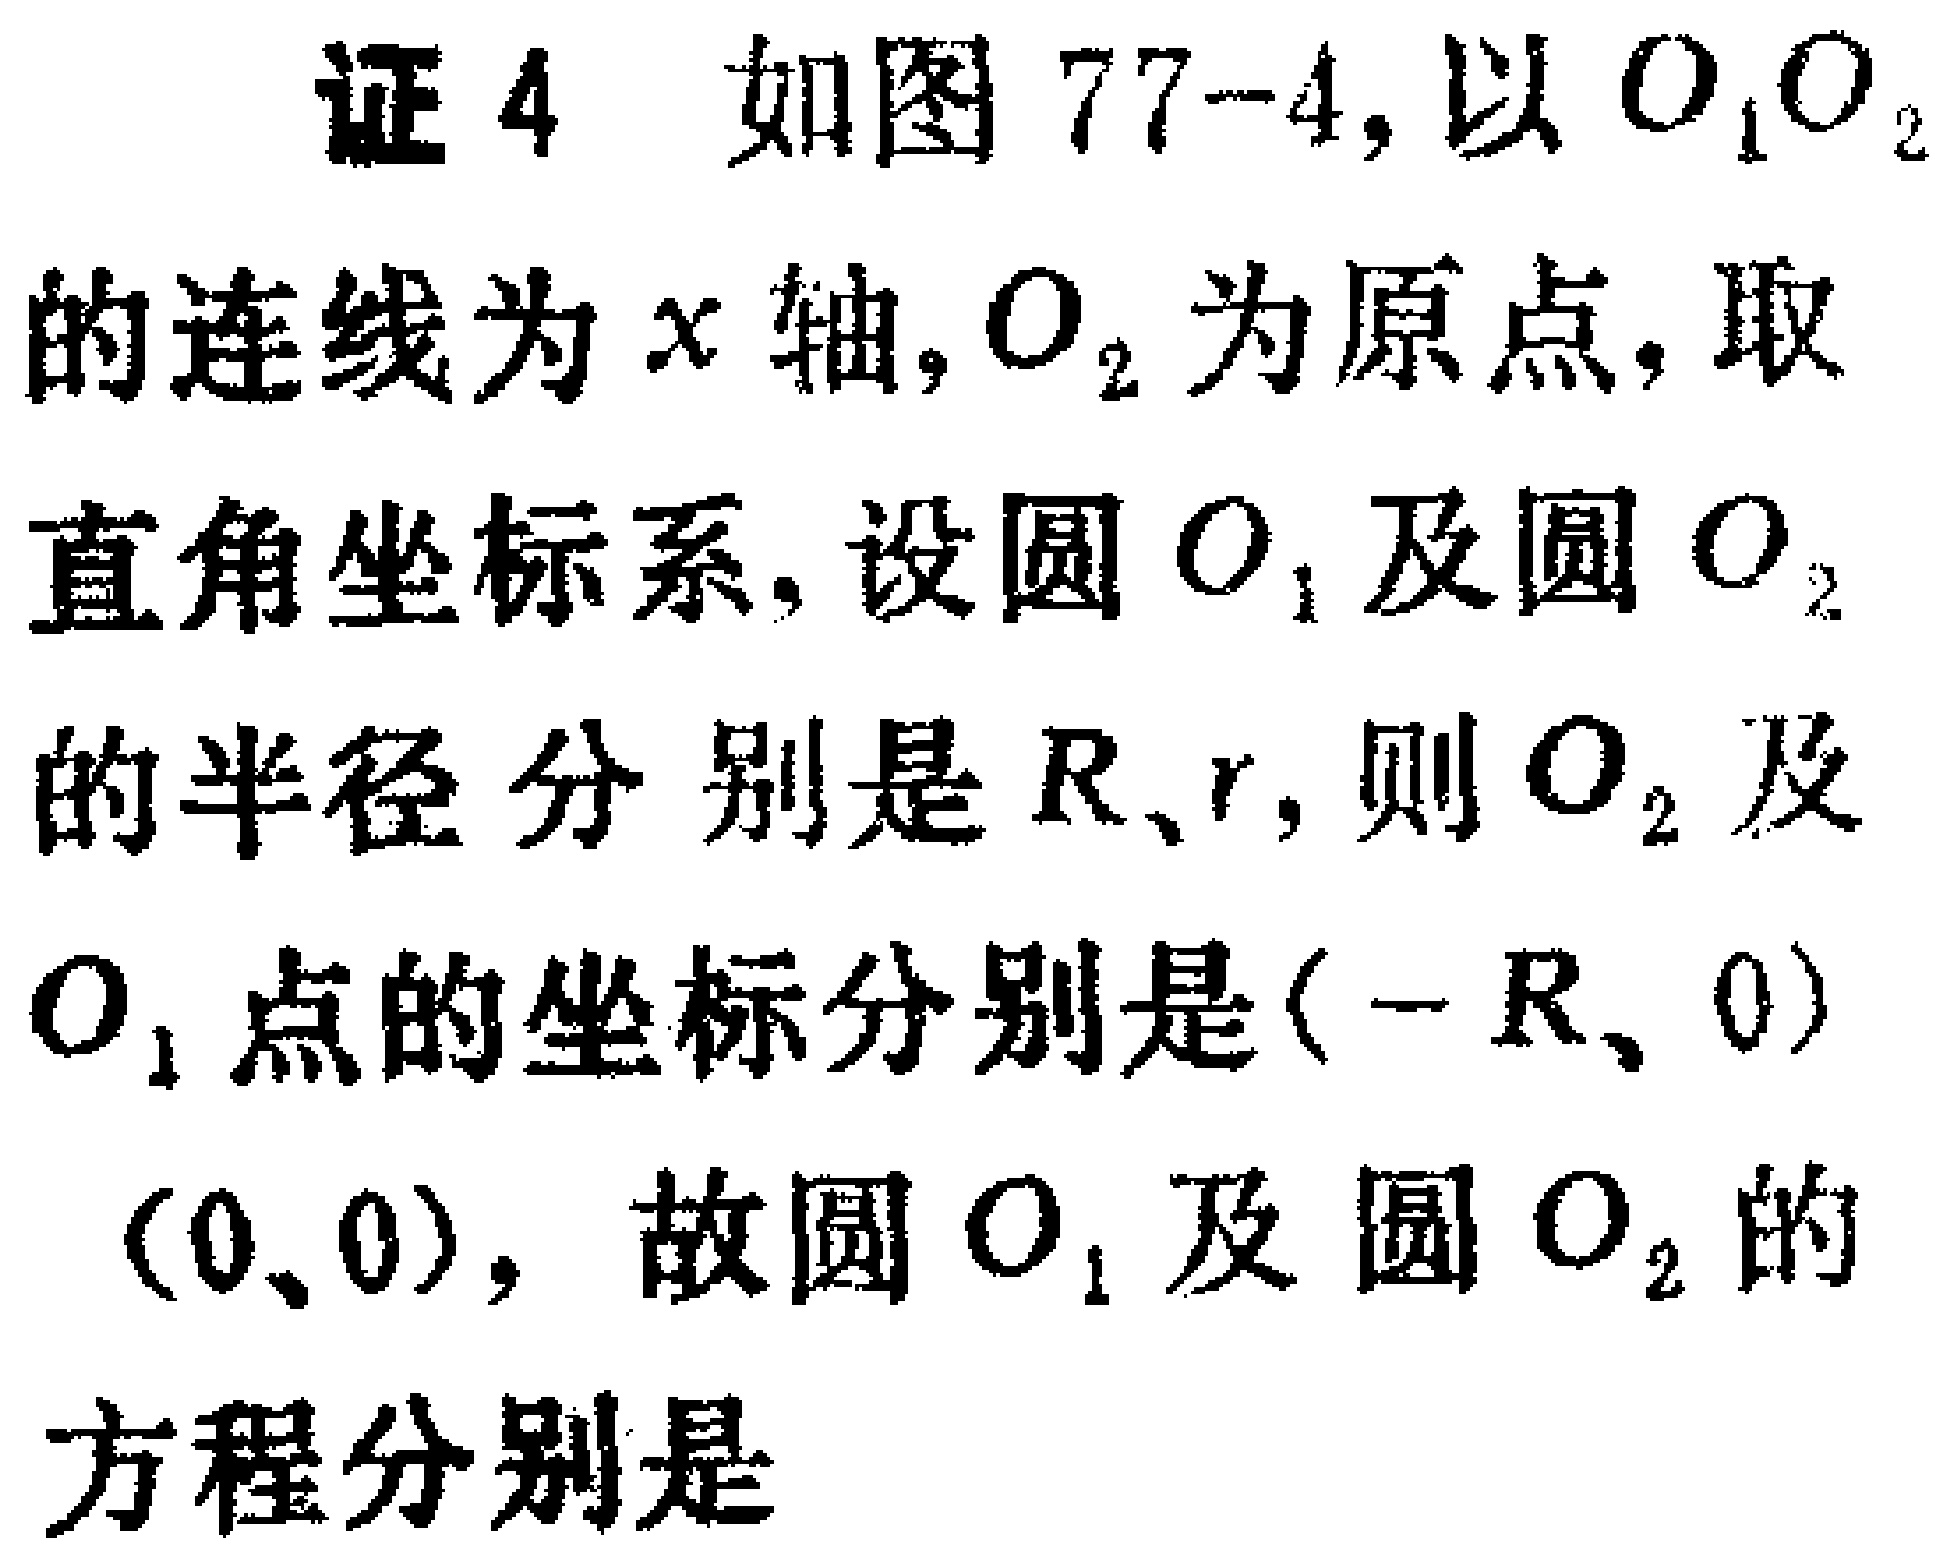
证4 如图77-4, 以\(O_{1}O_{2}\)的连线为\(x\)轴, \(O_{2}\)为原点, 取直角坐标系, 设圆\(O_{1}\)及圆\(O_{2}\)的半径分别是\(R、r\), 则\(O_{2}\)及\(O_{1}\)点的坐标分别是\((-R,0)\) \((0,0)\), 故圆\(O_{1}\)及圆\(O_{2}\)的方程分别是